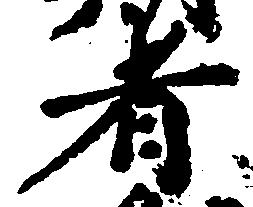
者